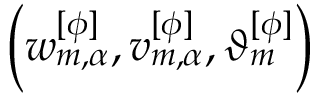
\left( w _ { m , \alpha } ^ { [ \phi ] } , v _ { m , \alpha } ^ { [ \phi ] } , \vartheta _ { m } ^ { [ \phi ] } \right)